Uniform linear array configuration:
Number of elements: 4
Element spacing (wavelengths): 0.25
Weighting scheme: binomial
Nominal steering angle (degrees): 30
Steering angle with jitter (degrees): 31.393
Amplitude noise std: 0.05
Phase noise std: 0.05

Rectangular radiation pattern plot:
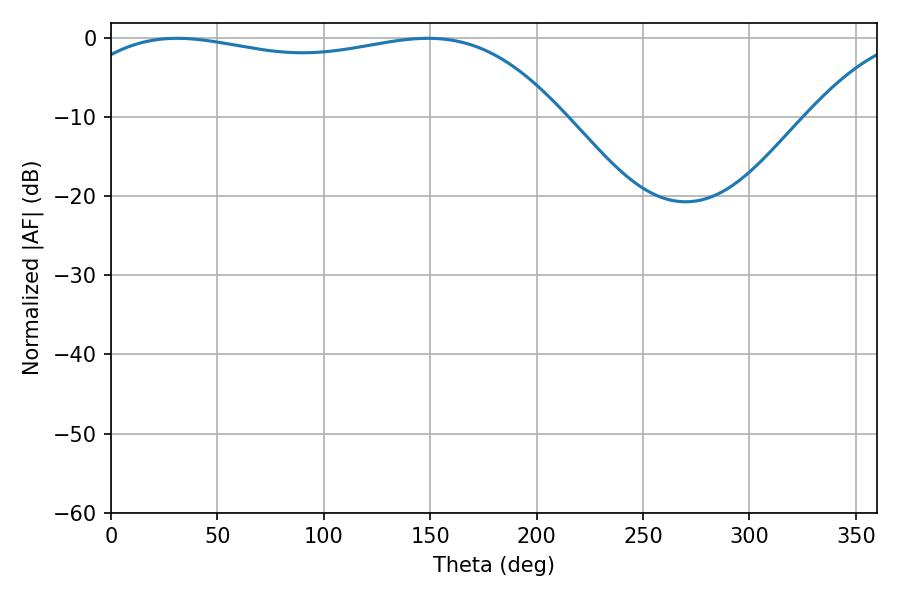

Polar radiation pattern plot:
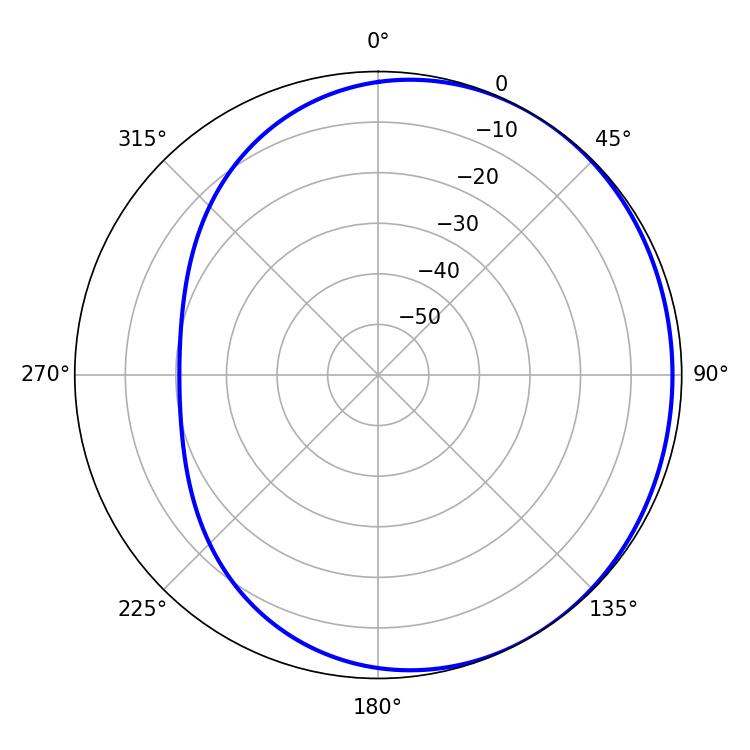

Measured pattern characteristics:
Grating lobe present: FALSE
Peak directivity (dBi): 1.249
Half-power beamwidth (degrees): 185.94
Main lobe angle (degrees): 31.14